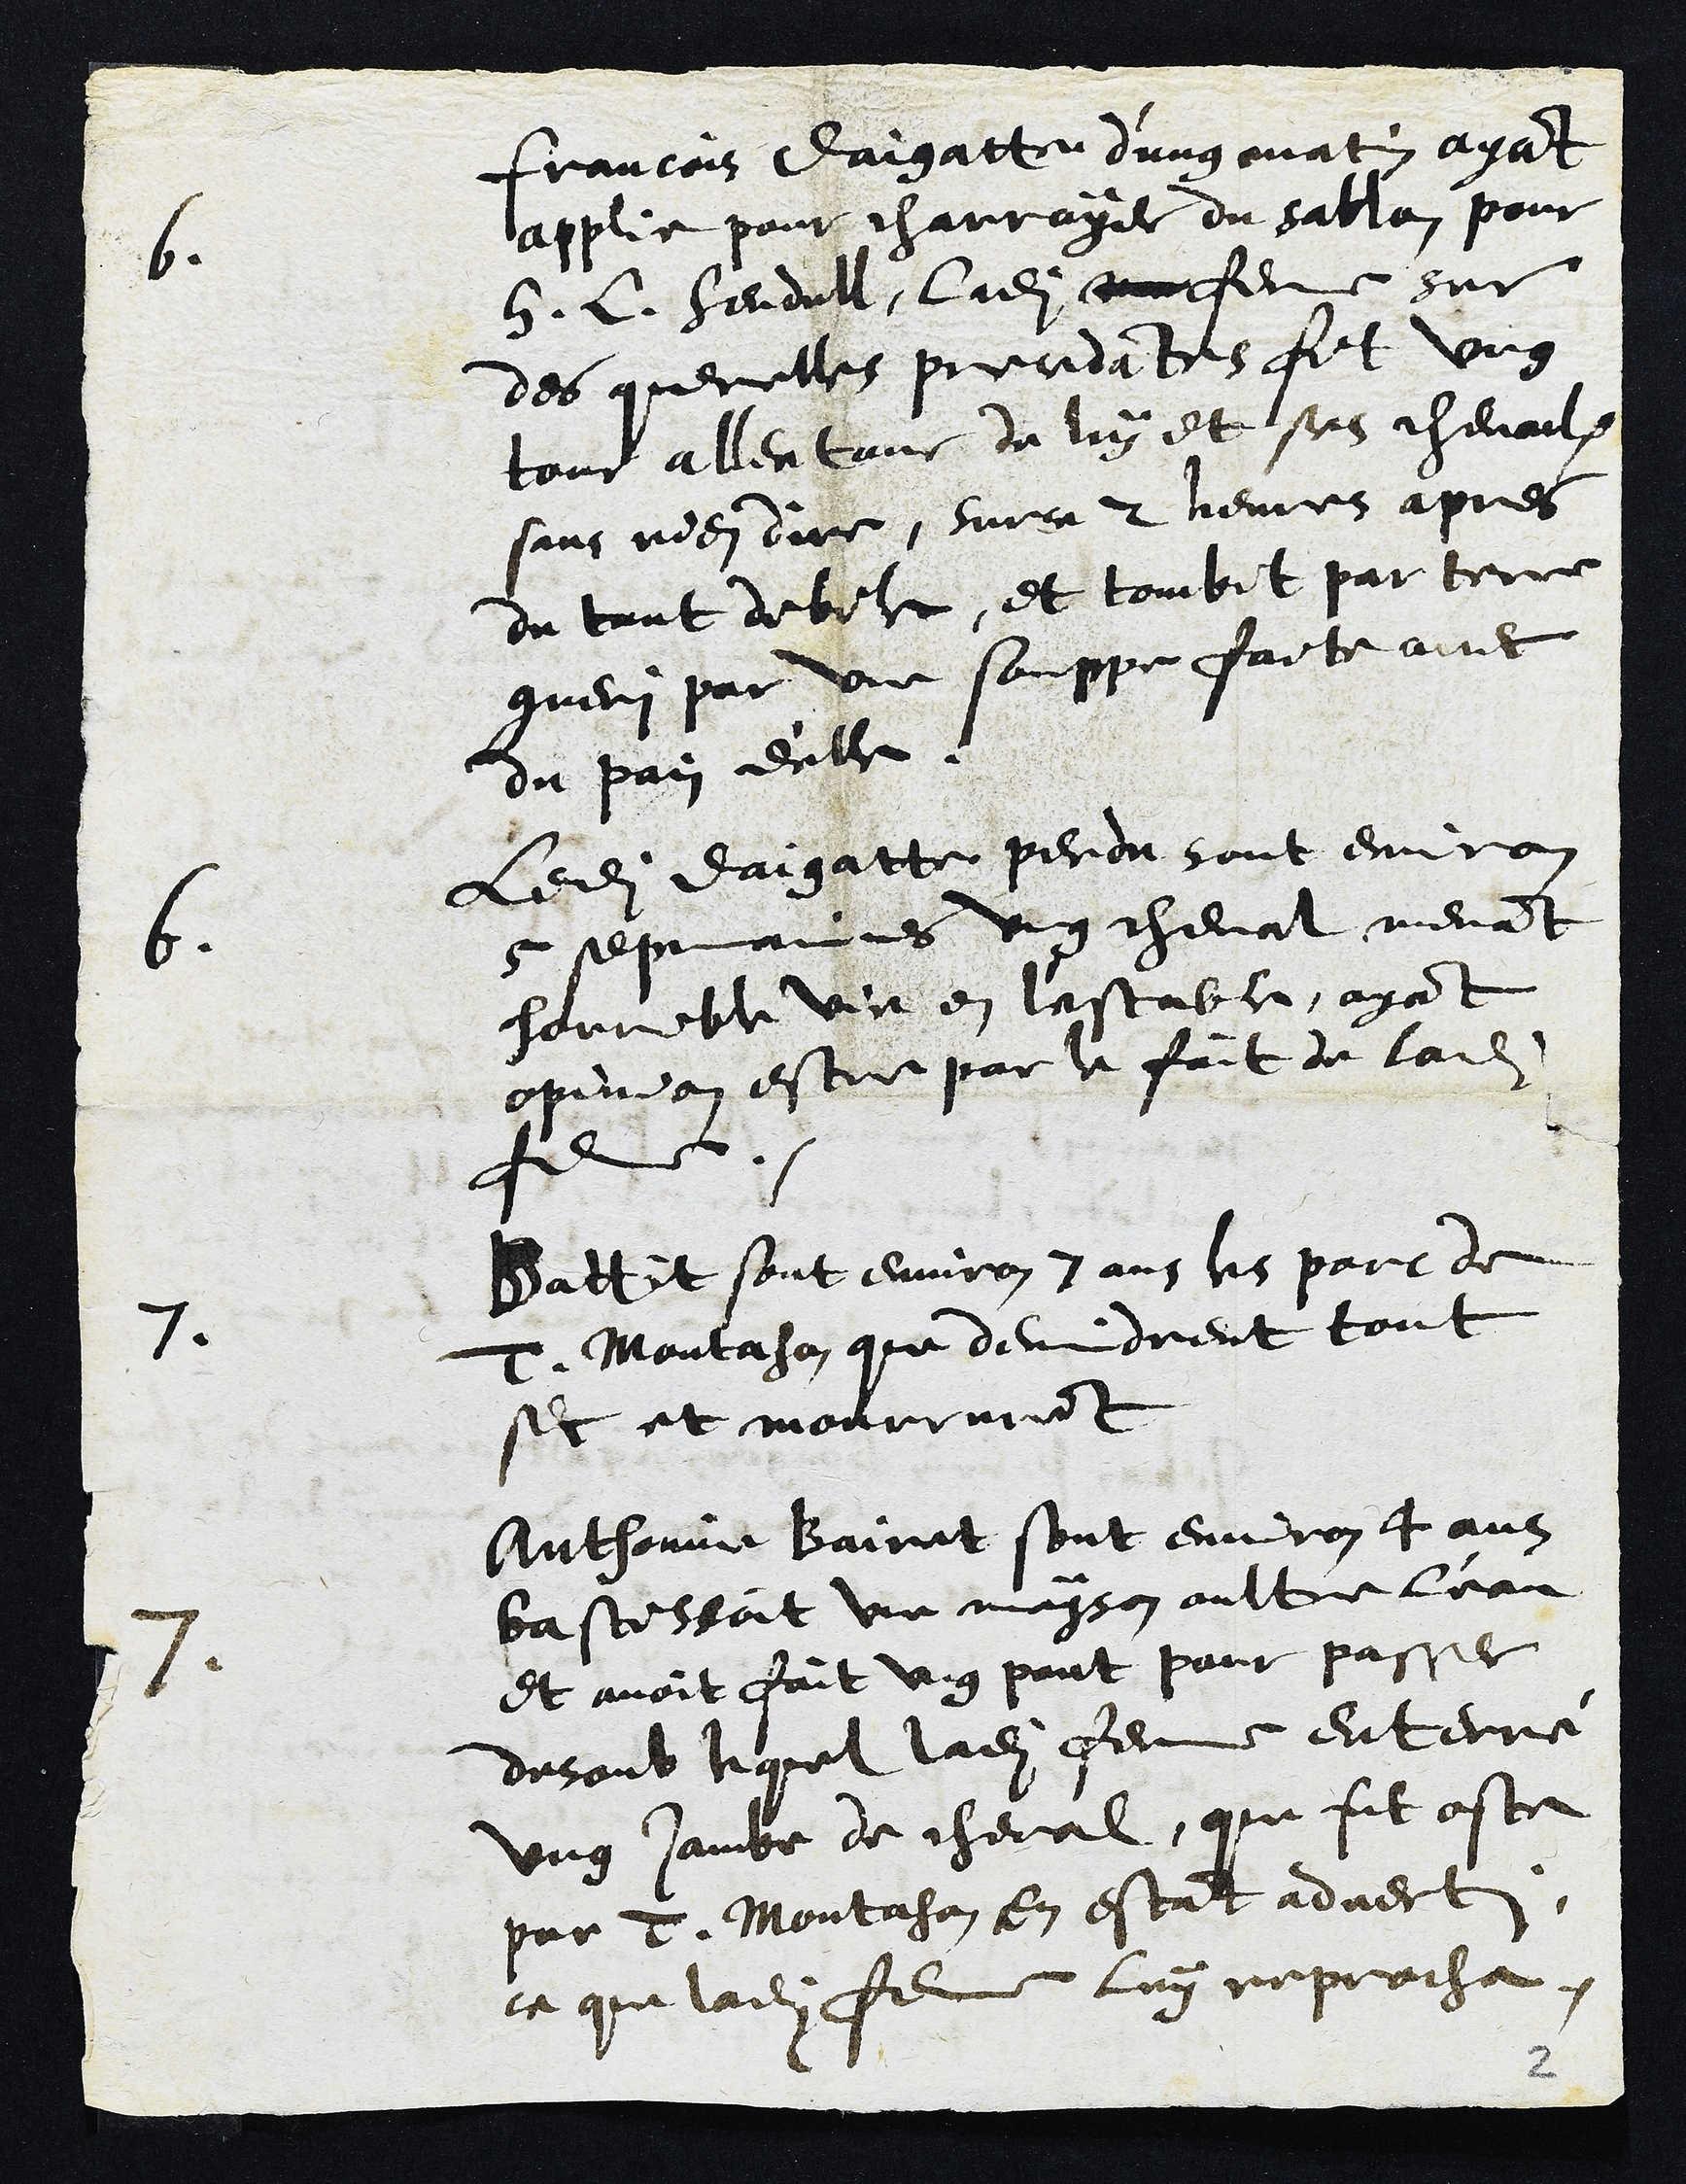
6. Francois Daigatte d'ung matin ayant
applie pour charroyer du sablon pour
H. L. Hendell, ladite femme sur
des querelles precedantes fit ung
tour allentour de luy et ses chevaulx
sans rien dire, surce 2 heures apres
du tout debile, et tombit par terre
gueri par une souppe faite avec
du pain d'elle.
6. Ledit Daigatte perdu sont environ
5 sepmaines ung cheval menant
horrible vie en l'estable, ayant
opinion estre par le fait de ladite
femme.
7 Battit sont environ 7 ans les porc de
T. Montahon que devindrent tout
sec et mourrurent
7 Anthonine Bairet sont environ 4 ans
bastissoit une mayson oultre l'eau
et avoit fait ung pont pour passer
desoub lequel ladite femme enterré
ung jambe de cheval, que fut oste
par T. Montahon en estant adverti
ce que ladite femme luy reprocha.

2